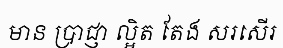
មាន ប្រាជ្ញា ល្អិត តែង សរសើរ